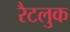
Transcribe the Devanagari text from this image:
रैटलुक